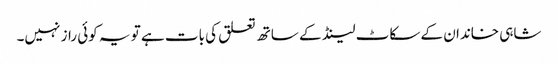
شاہی خاندان کے سکاٹ لینڈ کے ساتھ تعلق کی بات ہے تو یہ کوئی راز نہیں۔